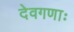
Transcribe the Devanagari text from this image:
देवगणाः